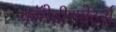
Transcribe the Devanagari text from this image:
कॉमेडीस्पोर्ट्स